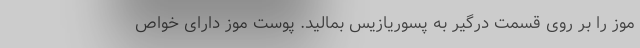
موز را بر روی قسمت درگیر به پسوریازیس بمالید. پوست موز دارای خواص